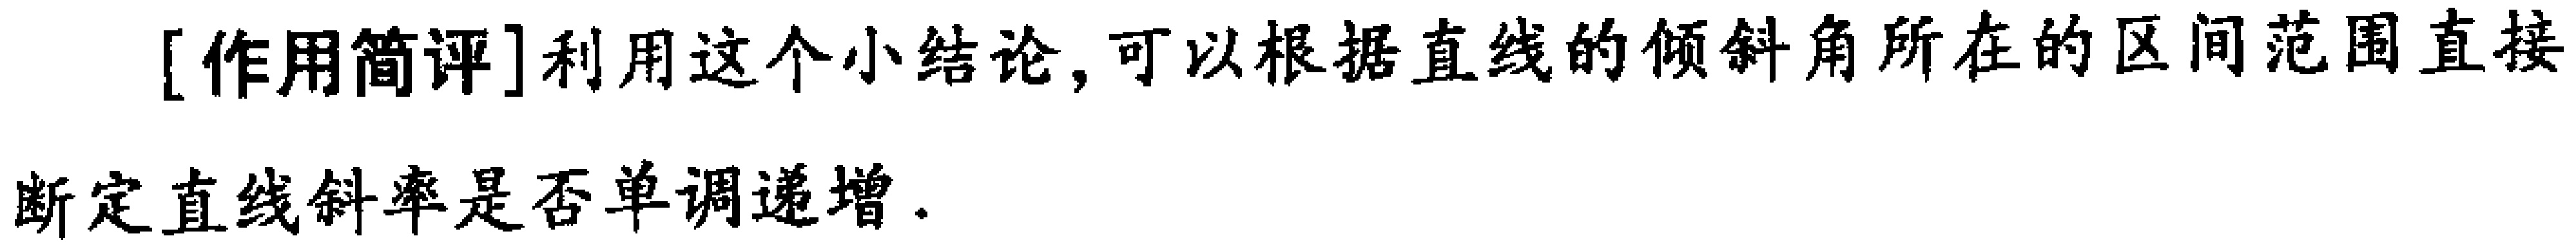
[作用简评]利用这个小结论,可以根据直线的倾斜角所在的区间范围直接断定直线斜率是否单调递增.